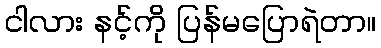
ငါလား နင့်ကို ပြန်မပြောရဲတာ။